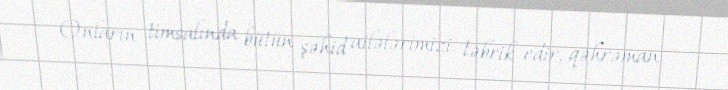
Onların timsalında bütün şəhid ailələrimizi təbrik edir, qəhrəman